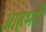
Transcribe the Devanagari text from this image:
आहभरी